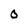
Character: 0